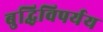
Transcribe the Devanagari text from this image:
बुद्धिविपर्यय